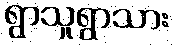
ရွာသူရွာသား